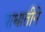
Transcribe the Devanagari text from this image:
पाधातीने